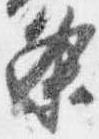
条